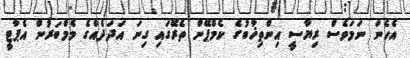
އެހެން ނަމަވެސް ރިޔާސީ އިންތިޚާބުގެ ކެމްޕޭން ތެރޭގައި ގިނަ އަދަދެއްގެ މެމްބަރުން އެޕާޓީ